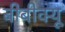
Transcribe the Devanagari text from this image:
बीबीक्यू